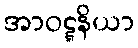
အာဝဋ္ဋနိယာ